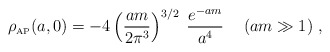
\begin{align*}\rho_{\mbox{\tiny AP}} (a,0)=-4\left({am\over2\pi^3}\right)^{3/2}\;{e^{-am}\over a^4}\hskip 0.5 cm (am\gg 1)\; ,\end{align*}